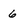
Character: 6